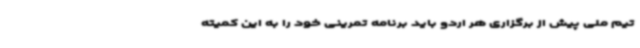
تیم ملی پیش از برگزاری هر اردو باید برنامه تمرینی خود را به این کمیته